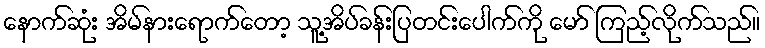
နောက်ဆုံး အိမ်နားရောက်တော့ သူ့အိပ်ခန်းပြတင်းပေါက်ကို မော် ကြည့်လိုက်သည်။